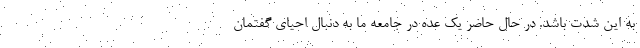
به این شدت باشد. در حال حاضر یک عده در جامعه ما به دنبال احیای گفتمان